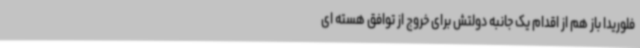
فلوریدا باز هم از اقدام یک جانبه دولتش برای خروج از توافق هسته ای